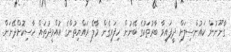
ގާނޫނުން ކައުންސިލަށް ދީފައިވާ ބާރުތަކުގެ ބޭނުން ހިފައިގެން މާލޭ ރައްޔިތުންގެ އުއްމީދުތައް ހާސިކޮށްދޭނަން.